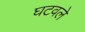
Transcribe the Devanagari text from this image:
घटवले